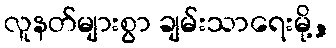
လူနတ်များစွာ ချမ်းသာရေးမို့,